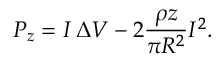
P _ { z } = I \, \Delta V - 2 \frac { \rho z } { \pi R ^ { 2 } } I ^ { 2 } .